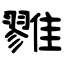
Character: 雡